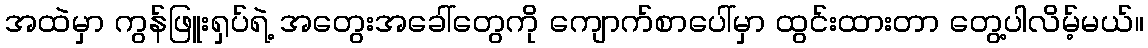
အထဲမှာ ကွန်ဖြူးရှပ်ရဲ့ အတွေးအခေါ်တွေကို ကျောက်စာပေါ်မှာ ထွင်းထားတာ တွေ့ပါလိမ့်မယ်။